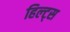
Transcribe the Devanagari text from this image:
हिल्ट्स